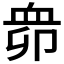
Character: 𧖱